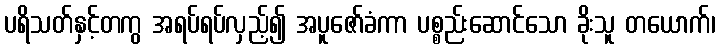
ပရိသတ်နှင့်တကွ အရပ်ရပ်လှည့်၍ အပူဇော်ခံကာ ပစ္စည်းဆောင်သော ခိုးသူ တယောက်၊